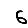
Digit: 6